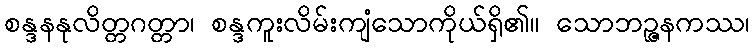
စန္ဒနနုလိတ္တဂတ္တာ၊ စန္ဒကူးလိမ်းကျံသောကိုယ်ရှိ၏။ သောဘဉ္ဇနကဿ၊